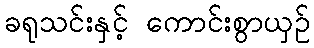
ခရုသင်းနှင့် ကောင်းစွာယှဉ်